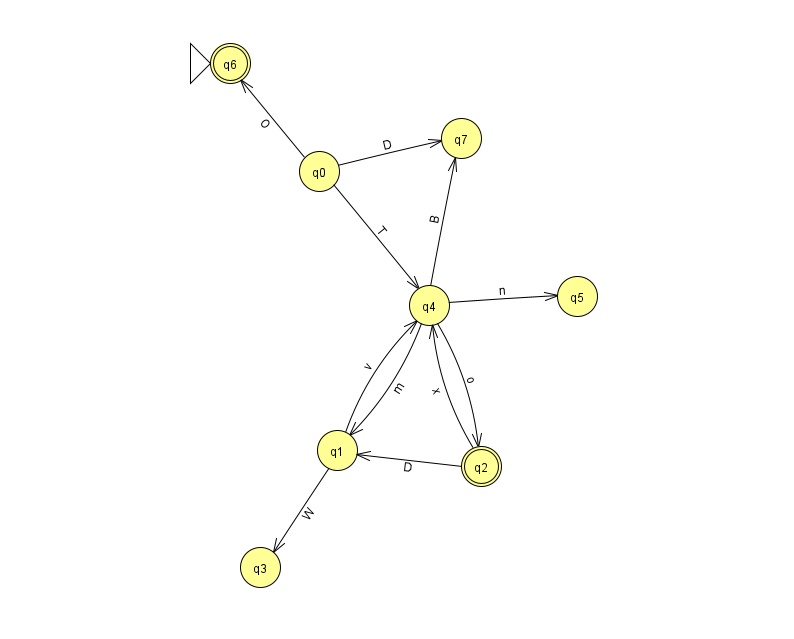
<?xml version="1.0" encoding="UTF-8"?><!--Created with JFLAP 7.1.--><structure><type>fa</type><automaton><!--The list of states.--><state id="0" name="q0"><x>319.0</x><y>158.0</y></state><state id="1" name="q1"><x>337.0</x><y>437.0</y></state><state id="2" name="q2"><x>481.0</x><y>453.0</y><final/></state><state id="3" name="q3"><x>260.0</x><y>554.0</y></state><state id="4" name="q4"><x>429.0</x><y>292.0</y></state><state id="5" name="q5"><x>577.0</x><y>283.0</y></state><state id="6" name="q6"><x>230.0</x><y>50.0</y><initial/><final/></state><state id="7" name="q7"><x>461.0</x><y>125.0</y></state><!--The list of transitions.--><transition><from>2</from><to>4</to><read>x</read></transition><transition><from>0</from><to>7</to><read>D</read></transition><transition><from>4</from><to>2</to><read>o</read></transition><transition><from>2</from><to>1</to><read>D</read></transition><transition><from>4</from><to>1</to><read>m</read></transition><transition><from>0</from><to>4</to><read>T</read></transition><transition><from>1</from><to>3</to><read>W</read></transition><transition><from>4</from><to>5</to><read>n</read></transition><transition><from>1</from><to>4</to><read>v</read></transition><transition><from>4</from><to>7</to><read>B</read></transition><transition><from>0</from><to>6</to><read>O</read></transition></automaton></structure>